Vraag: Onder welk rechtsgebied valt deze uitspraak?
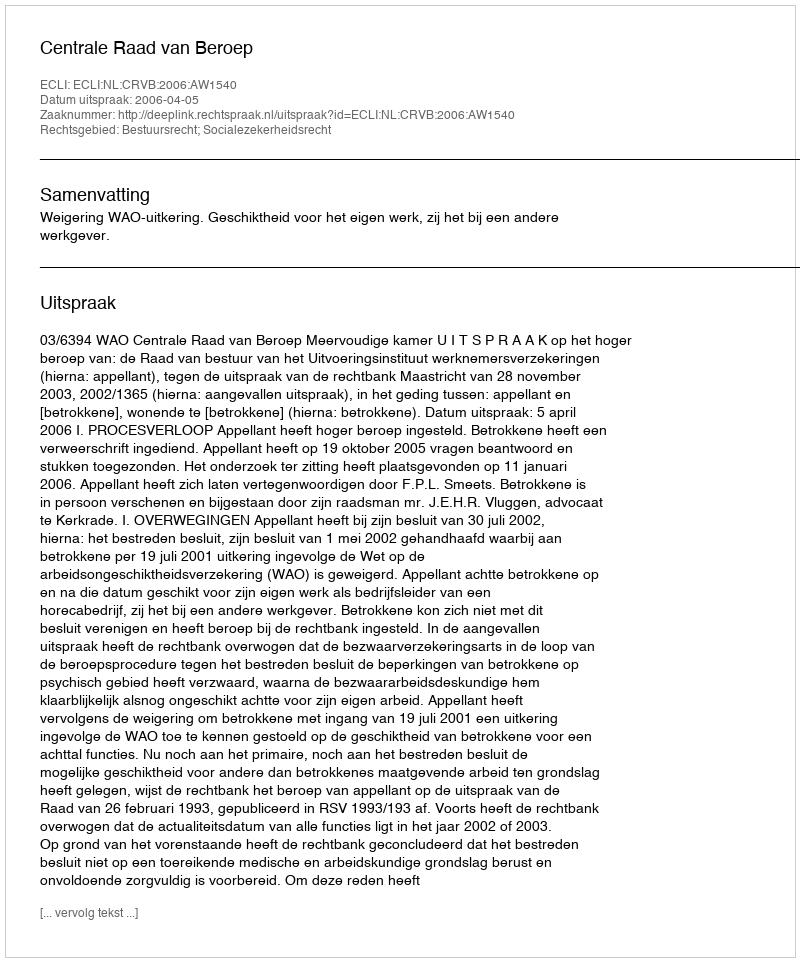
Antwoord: Bestuursrecht; Socialezekerheidsrecht